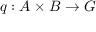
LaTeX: q : A \times B \to G